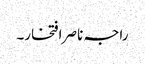
راجہ ناصر افتخار۔